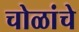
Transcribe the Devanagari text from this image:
चोळांचे